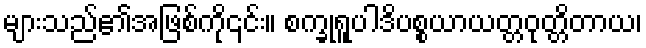
များသည်၏အဖြစ်ကို၎င်း။ စက္ခုရူပါဒိပစ္စယာယတ္တဝုတ္တိတာယ၊